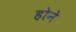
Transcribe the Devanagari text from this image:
हाेने